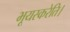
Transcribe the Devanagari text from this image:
भूयस्करेति।